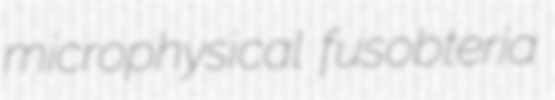
microphysical fusobteria